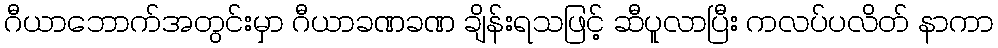
ဂီယာဘောက်အတွင်းမှာ ဂီယာခဏခဏ ချိန်းရသဖြင့် ဆီပူလာပြီး ကလပ်ပလိတ် နာကာ